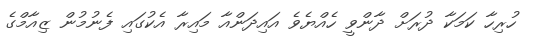
ހުރިހާ ކަމަކާ ދުރަށް ދާންވީ ހެއްޔެވެ އައިދަންއާ މައިރާ އެކުގައި ފެނުމުން ޒިއާމްގެ